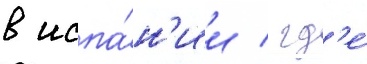
в испа́н'ии / гд'е́